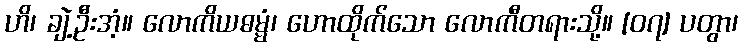
ဟိ၊ ချဲ့ဦးအံ့။ လောကိယဓမ္မံ၊ ဟောထိုက်သော လောကီတရားသို့။ [၀၇] ပတွာ၊